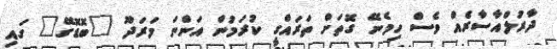
ދާރުލްއާސާރެއް ވެސް ހިމެނޭ ގޮތަށް ތަރައްގީ ކުރަމުން އަންނަ މަރަދޫ "ބޮޑޮގޭ" ގައި